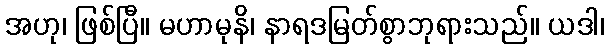
အဟု၊ ဖြစ်ပြီ။ မဟာမုနိ၊ နာရဒမြတ်စွာဘုရားသည်။ ယဒါ၊